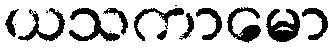
ယသကာမော